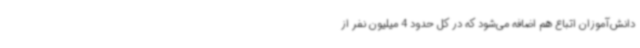
دانش‌آموزان‌ اتباع هم اضافه می‌شود که در کل حدود 4‌ میلیون نفر از